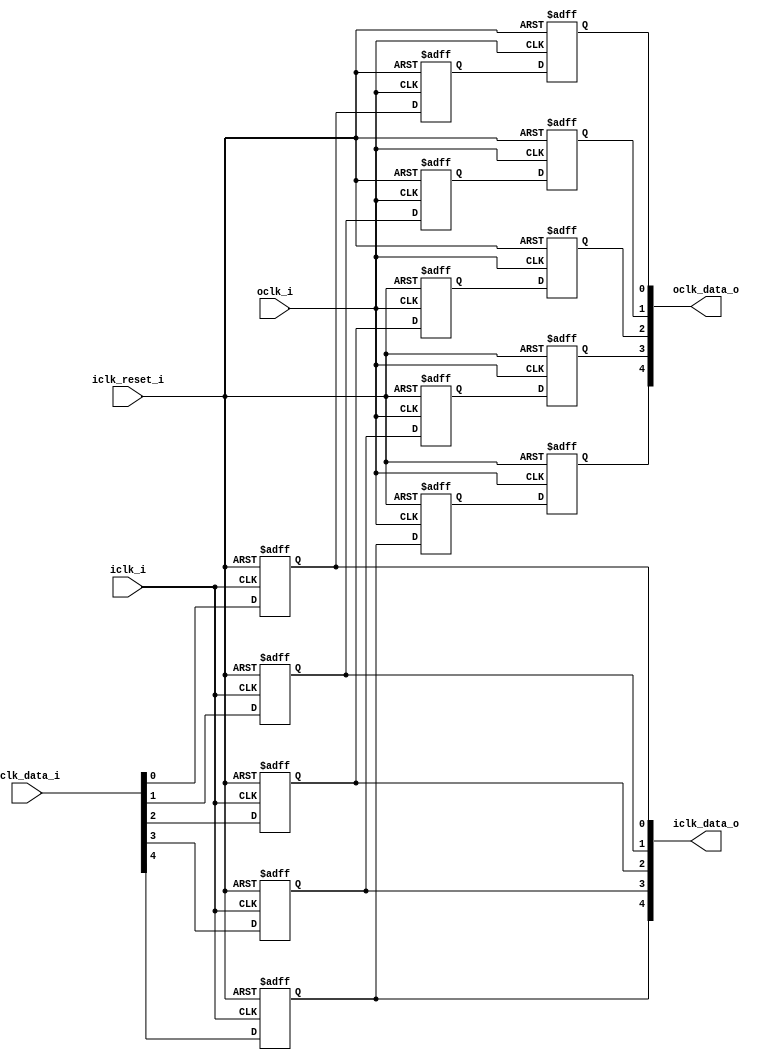
// This program was cloned from: https://github.com/NYU-MLDA/OpenABC
// License: BSD 3-Clause "New" or "Revised" License

module bsg_launch_sync_sync_async_reset_posedge_5_unit
(
  iclk_i,
  iclk_reset_i,
  oclk_i,
  iclk_data_i,
  iclk_data_o,
  oclk_data_o
);

  input [4:0] iclk_data_i;
  output [4:0] iclk_data_o;
  output [4:0] oclk_data_o;
  input iclk_i;
  input iclk_reset_i;
  input oclk_i;
  wire [4:0] iclk_data_o,oclk_data_o,bsg_SYNC_1_r;
  reg iclk_data_o_4_sv2v_reg,iclk_data_o_3_sv2v_reg,iclk_data_o_2_sv2v_reg,
  iclk_data_o_1_sv2v_reg,iclk_data_o_0_sv2v_reg,bsg_SYNC_1_r_4_sv2v_reg,
  bsg_SYNC_1_r_3_sv2v_reg,bsg_SYNC_1_r_2_sv2v_reg,bsg_SYNC_1_r_1_sv2v_reg,bsg_SYNC_1_r_0_sv2v_reg,
  oclk_data_o_4_sv2v_reg,oclk_data_o_3_sv2v_reg,oclk_data_o_2_sv2v_reg,
  oclk_data_o_1_sv2v_reg,oclk_data_o_0_sv2v_reg;
  assign iclk_data_o[4] = iclk_data_o_4_sv2v_reg;
  assign iclk_data_o[3] = iclk_data_o_3_sv2v_reg;
  assign iclk_data_o[2] = iclk_data_o_2_sv2v_reg;
  assign iclk_data_o[1] = iclk_data_o_1_sv2v_reg;
  assign iclk_data_o[0] = iclk_data_o_0_sv2v_reg;
  assign bsg_SYNC_1_r[4] = bsg_SYNC_1_r_4_sv2v_reg;
  assign bsg_SYNC_1_r[3] = bsg_SYNC_1_r_3_sv2v_reg;
  assign bsg_SYNC_1_r[2] = bsg_SYNC_1_r_2_sv2v_reg;
  assign bsg_SYNC_1_r[1] = bsg_SYNC_1_r_1_sv2v_reg;
  assign bsg_SYNC_1_r[0] = bsg_SYNC_1_r_0_sv2v_reg;
  assign oclk_data_o[4] = oclk_data_o_4_sv2v_reg;
  assign oclk_data_o[3] = oclk_data_o_3_sv2v_reg;
  assign oclk_data_o[2] = oclk_data_o_2_sv2v_reg;
  assign oclk_data_o[1] = oclk_data_o_1_sv2v_reg;
  assign oclk_data_o[0] = oclk_data_o_0_sv2v_reg;

  always @(posedge iclk_i or posedge iclk_reset_i) begin
    if(iclk_reset_i) begin
      iclk_data_o_4_sv2v_reg <= 1'b0;
    end else if(1'b1) begin
      iclk_data_o_4_sv2v_reg <= iclk_data_i[4];
    end 
  end


  always @(posedge iclk_i or posedge iclk_reset_i) begin
    if(iclk_reset_i) begin
      iclk_data_o_3_sv2v_reg <= 1'b0;
    end else if(1'b1) begin
      iclk_data_o_3_sv2v_reg <= iclk_data_i[3];
    end 
  end


  always @(posedge iclk_i or posedge iclk_reset_i) begin
    if(iclk_reset_i) begin
      iclk_data_o_2_sv2v_reg <= 1'b0;
    end else if(1'b1) begin
      iclk_data_o_2_sv2v_reg <= iclk_data_i[2];
    end 
  end


  always @(posedge iclk_i or posedge iclk_reset_i) begin
    if(iclk_reset_i) begin
      iclk_data_o_1_sv2v_reg <= 1'b0;
    end else if(1'b1) begin
      iclk_data_o_1_sv2v_reg <= iclk_data_i[1];
    end 
  end


  always @(posedge iclk_i or posedge iclk_reset_i) begin
    if(iclk_reset_i) begin
      iclk_data_o_0_sv2v_reg <= 1'b0;
    end else if(1'b1) begin
      iclk_data_o_0_sv2v_reg <= iclk_data_i[0];
    end 
  end


  always @(posedge oclk_i or posedge iclk_reset_i) begin
    if(iclk_reset_i) begin
      bsg_SYNC_1_r_4_sv2v_reg <= 1'b0;
    end else if(1'b1) begin
      bsg_SYNC_1_r_4_sv2v_reg <= iclk_data_o[4];
    end 
  end


  always @(posedge oclk_i or posedge iclk_reset_i) begin
    if(iclk_reset_i) begin
      bsg_SYNC_1_r_3_sv2v_reg <= 1'b0;
    end else if(1'b1) begin
      bsg_SYNC_1_r_3_sv2v_reg <= iclk_data_o[3];
    end 
  end


  always @(posedge oclk_i or posedge iclk_reset_i) begin
    if(iclk_reset_i) begin
      bsg_SYNC_1_r_2_sv2v_reg <= 1'b0;
    end else if(1'b1) begin
      bsg_SYNC_1_r_2_sv2v_reg <= iclk_data_o[2];
    end 
  end


  always @(posedge oclk_i or posedge iclk_reset_i) begin
    if(iclk_reset_i) begin
      bsg_SYNC_1_r_1_sv2v_reg <= 1'b0;
    end else if(1'b1) begin
      bsg_SYNC_1_r_1_sv2v_reg <= iclk_data_o[1];
    end 
  end


  always @(posedge oclk_i or posedge iclk_reset_i) begin
    if(iclk_reset_i) begin
      bsg_SYNC_1_r_0_sv2v_reg <= 1'b0;
    end else if(1'b1) begin
      bsg_SYNC_1_r_0_sv2v_reg <= iclk_data_o[0];
    end 
  end


  always @(posedge oclk_i or posedge iclk_reset_i) begin
    if(iclk_reset_i) begin
      oclk_data_o_4_sv2v_reg <= 1'b0;
    end else if(1'b1) begin
      oclk_data_o_4_sv2v_reg <= bsg_SYNC_1_r[4];
    end 
  end


  always @(posedge oclk_i or posedge iclk_reset_i) begin
    if(iclk_reset_i) begin
      oclk_data_o_3_sv2v_reg <= 1'b0;
    end else if(1'b1) begin
      oclk_data_o_3_sv2v_reg <= bsg_SYNC_1_r[3];
    end 
  end


  always @(posedge oclk_i or posedge iclk_reset_i) begin
    if(iclk_reset_i) begin
      oclk_data_o_2_sv2v_reg <= 1'b0;
    end else if(1'b1) begin
      oclk_data_o_2_sv2v_reg <= bsg_SYNC_1_r[2];
    end 
  end


  always @(posedge oclk_i or posedge iclk_reset_i) begin
    if(iclk_reset_i) begin
      oclk_data_o_1_sv2v_reg <= 1'b0;
    end else if(1'b1) begin
      oclk_data_o_1_sv2v_reg <= bsg_SYNC_1_r[1];
    end 
  end


  always @(posedge oclk_i or posedge iclk_reset_i) begin
    if(iclk_reset_i) begin
      oclk_data_o_0_sv2v_reg <= 1'b0;
    end else if(1'b1) begin
      oclk_data_o_0_sv2v_reg <= bsg_SYNC_1_r[0];
    end 
  end


endmodule